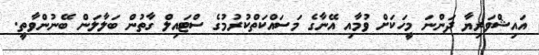
އައިޝްވަރިޔާ ދަންނަ މީހަކަށް ވުމާއި އޭނާގެ މަސައްކަތްކުރުމުގެ ސްޓައިލް ގާތުން ބަލާލަން ބޭނުންވާތީ.